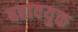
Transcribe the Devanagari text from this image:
बहावयुक्त